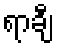
ရာချီ